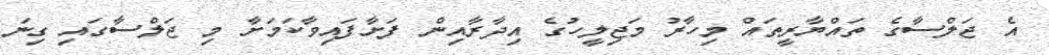
އެ ޖަލްސާގެ ތައްޔާރީތައް މިހާރު މަޖިލީހުގެ އިދާރާއިން ފަށާފައިވާކަމަށާ މި ޖަލްސާގައި ގިނަ